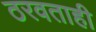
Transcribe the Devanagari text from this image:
ठरवताही